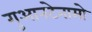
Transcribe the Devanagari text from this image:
गुआनटेनामो